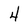
Character: 4